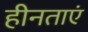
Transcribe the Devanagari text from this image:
हीनताएं